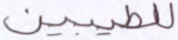
للطيبين